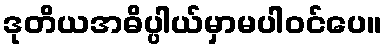
ဒုတိယအဓိပ္ပါယ်မှာမပါဝင်ပေ။